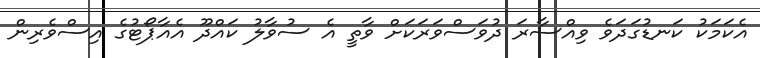
އެކަމަކު ކަނޑުގަދަވެ ވިއްސާރަ ދުވަސްވަރަކަށް ވާތީ އެ ސުވާލު ކައްދޫ އެއާޕޯޓުގެ އިސްވެރިން